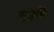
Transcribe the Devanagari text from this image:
सुजुकि